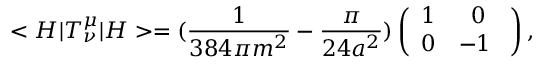
< H | T _ { \nu } ^ { \mu } | H > = ( \frac { 1 } { 3 8 4 \pi m ^ { 2 } } - \frac { \pi } { 2 4 a ^ { 2 } } ) \left( \begin{array} { c c } { { 1 } } & { { 0 } } \\ { { 0 } } & { { - 1 \ } } \end{array} \right) ,